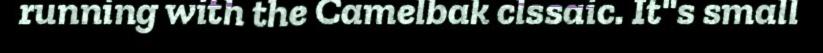
running with the Camelbak clssaic. It"s small